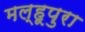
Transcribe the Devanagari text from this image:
मल्हूपुरा